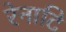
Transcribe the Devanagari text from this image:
रेनाटि